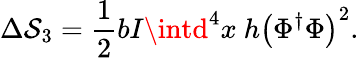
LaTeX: \Delta\mathcal{S}_{3}=\frac{{1}}{{2}}bI\intd^{4}x~h\left(\Phi^{\dagger}\Phi\right)^{2}.